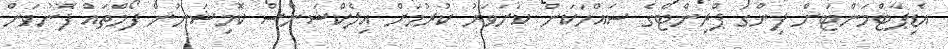
އެޑިޕާޓްމަންޓަށް ފިންގަ ޕްރިންޓްގެ ސައްހަކަން ކަށަވަރު ކުރުމަށް އިލެކްޝަންސް ކޮމިޝަނުން ފޯމްތައް ފޮނުވަން